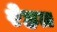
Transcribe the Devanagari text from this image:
रेहत